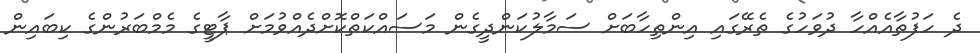
ދެ ހަފުތާއެއްހާ ދުވަހުގެ ތެރޭގައި އިންތިހާބަށް ސަމާލުކަންދީގެން މަސައްކަތްކޮށްދެއްވުމަށް ޕާޓީގެ މެމްބަރުންގެ ކިބައިން